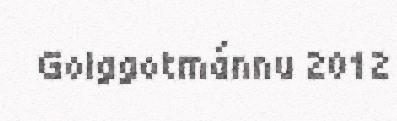
Golggotmánnu 2012